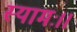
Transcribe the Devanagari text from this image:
स्यामः।।